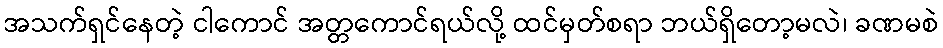
အသက်ရှင်နေတဲ့ ငါကောင် အတ္တကောင်ရယ်လို့ ထင်မှတ်စရာ ဘယ်ရှိတော့မလဲ၊ ခဏမစဲ